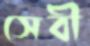
সেবী